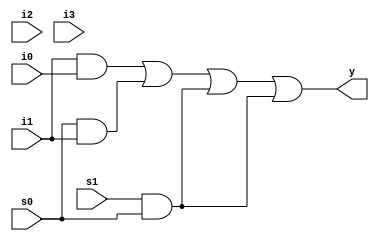
module mux_4x1(i0,i1,i2,i3,s0,s1,y);

  input wire i0,i1,i2,i3,s0,s1;
  output reg y;
  
  wire w1,w2,w3,w4,w5,w6;
  
  not x1(w1,s1);
  not x2(w2,s0);
  and x3(w3,i1,i0);
  and x4(w4,s0,i1);
  and x5(w5,s1,s0);
  and x6(w6,s1,s0);
  or  x7(y,w3,w4,w5,w6);
  
 
endmodule